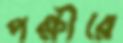
পক্ষীরে